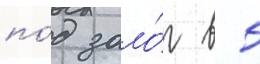
по́д зало́г в 5